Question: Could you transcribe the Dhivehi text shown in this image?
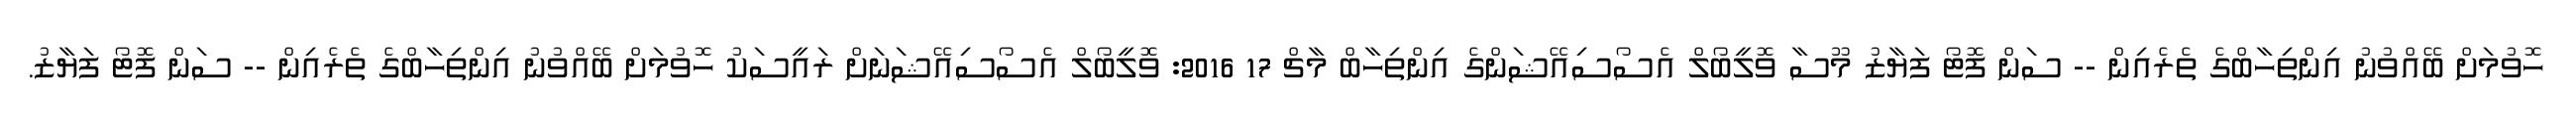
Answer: ހޮވުމަށް ބޭއްވުނު އިންތިހާބްގެ ތެރެއިން -- ސަން ފޮޓޯ ފަޔާޒު މޫސާ ވޮލީބޯލް އެސޯސިއޭޝަންގެ އިންތިހާބް މާޗް 17 2016: ވޮލީބޯލް އެސޯސިއޭޝަނަށް ރައީސަކު ހޮވުމަށް ބޭއްވުނު އިންތިހާބްގެ ތެރެއިން -- ސަން ފޮޓޯ ފަޔާޒު.